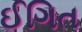
ઈગિત